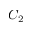
C _ { 2 }